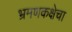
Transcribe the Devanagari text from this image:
भ्रमणकक्षेचा